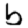
Digit: 6